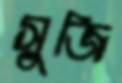
সুজি